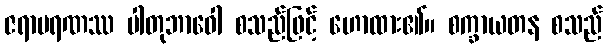
ဇရာမရဏဿ ပါတုဘာဝေါ စသည်ဖြင့် ဟောထား၏။ စက္ခာယတန စသည်